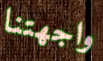
واجهتنا